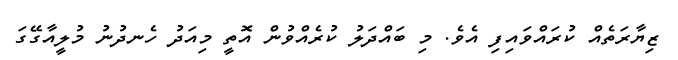
ޒިޔާރަތެއް ކުރައްވައިފި އެވެ. މި ބައްދަލު ކުރެއްވުން އޮތީ މިއަދު ހެނދުނު މުލީއާގޭގަ